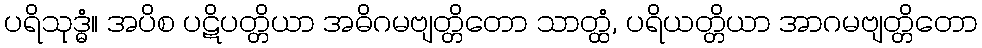
ပရိသုဒ္ဓံ။ အပိစ ပဋိပတ္တိယာ အဓိဂမဗျတ္တိတော သာတ္ထံ, ပရိယတ္တိယာ အာဂမဗျတ္တိတော